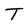
Character: T